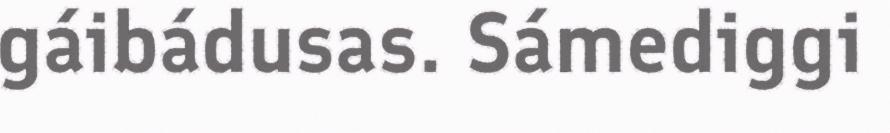
gáibádusas. Sámediggi